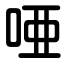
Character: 唖